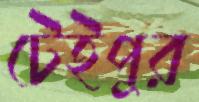
টেইপুর